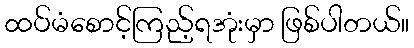
ထပ်မံစောင့်ကြည့်ရအုံးမှာ ဖြစ်ပါတယ်။